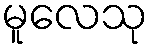
မူလေသု